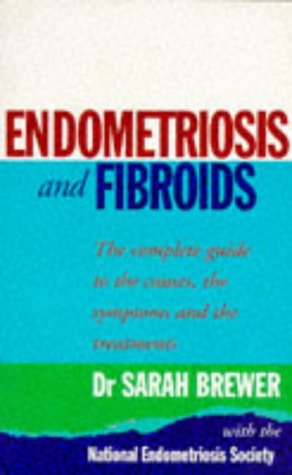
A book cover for Endometriosis and Fibroids: The Complete Guide to the Causes, Symptoms and Treatments; Sarah Brewer; Health, Fitness & Dieting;